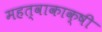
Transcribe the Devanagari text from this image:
महत्वाकाक्षी